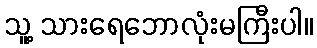
သူ့ သားရေဘောလုံးမကြီးပါ။